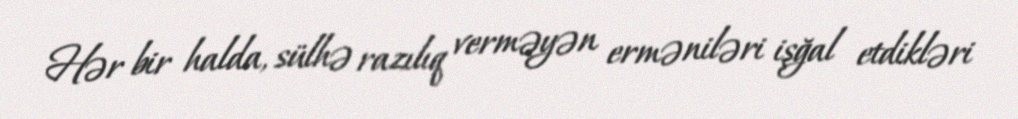
Hər bir halda, sülhə razılıq verməyən erməniləri işğal etdikləri